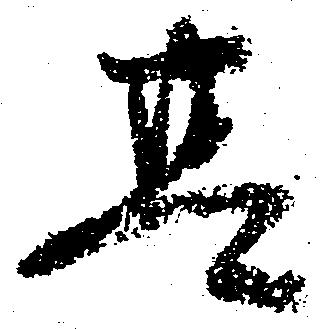
其